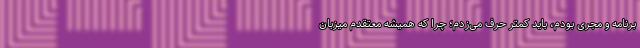
برنامه و مجری بودم، باید کمتر حرف می‌زدم؛ چرا که همیشه معتقدم میزبان